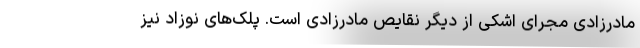
مادرزادی مجرای اشکی از دیگر نقایص مادرزادی است. پلک‌های نوزاد نیز